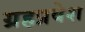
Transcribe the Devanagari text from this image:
ग्रहप्रवेश